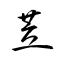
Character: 苙